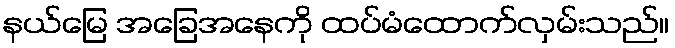
နယ်မြေ အခြေအနေကို ထပ်မံထောက်လှမ်းသည်။